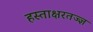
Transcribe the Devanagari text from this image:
हस्ताक्षरतज्ज्ञ